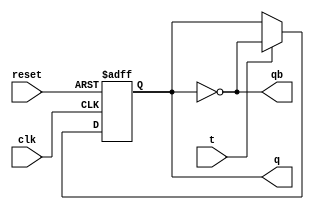
module tff(t,clk,reset,q,qb);
input t, clk, reset;
output q,qb;
reg q=0;			//giving initial value in memory instead of x


always@(posedge clk or posedge reset)
begin
	if(reset)
 		q <= 1'b0;
	else if(t==1)
		q <= !q;
	else
		q <= q;
end
 assign qb = !q;
endmodule